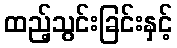
ထည့်သွင်းခြင်းနှင့်